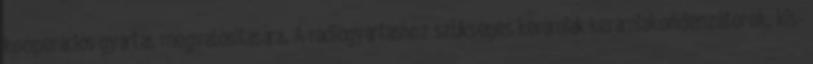
kooperációs gyártás megvalósítására. A rádiógyártáshoz szükséges kerámiák kerámiakondenzátorok, kis-